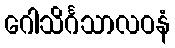
ဂေါသိင်္ဂသာလဝနံ